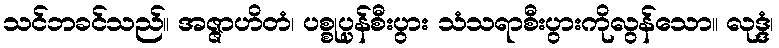
သင်ဘခင်သည်။ အဇ္ဇာဟိတံ၊ ပစ္စုပ္ပန်စီးပွား သံသရာစီးပွားကိုလွန်သော။ လုဒ္ဒံ၊